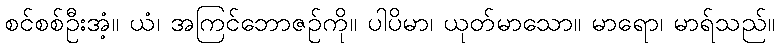
စင်စစ်ဦးအံ့။ ယံ၊ အကြင်ဘောဇဉ်ကို။ ပါပိမာ၊ ယုတ်မာသော။ မာရော၊ မာရ်သည်။